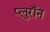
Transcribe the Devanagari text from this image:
प्लुराँन